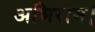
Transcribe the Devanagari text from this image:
अभिराम।